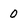
Character: 0